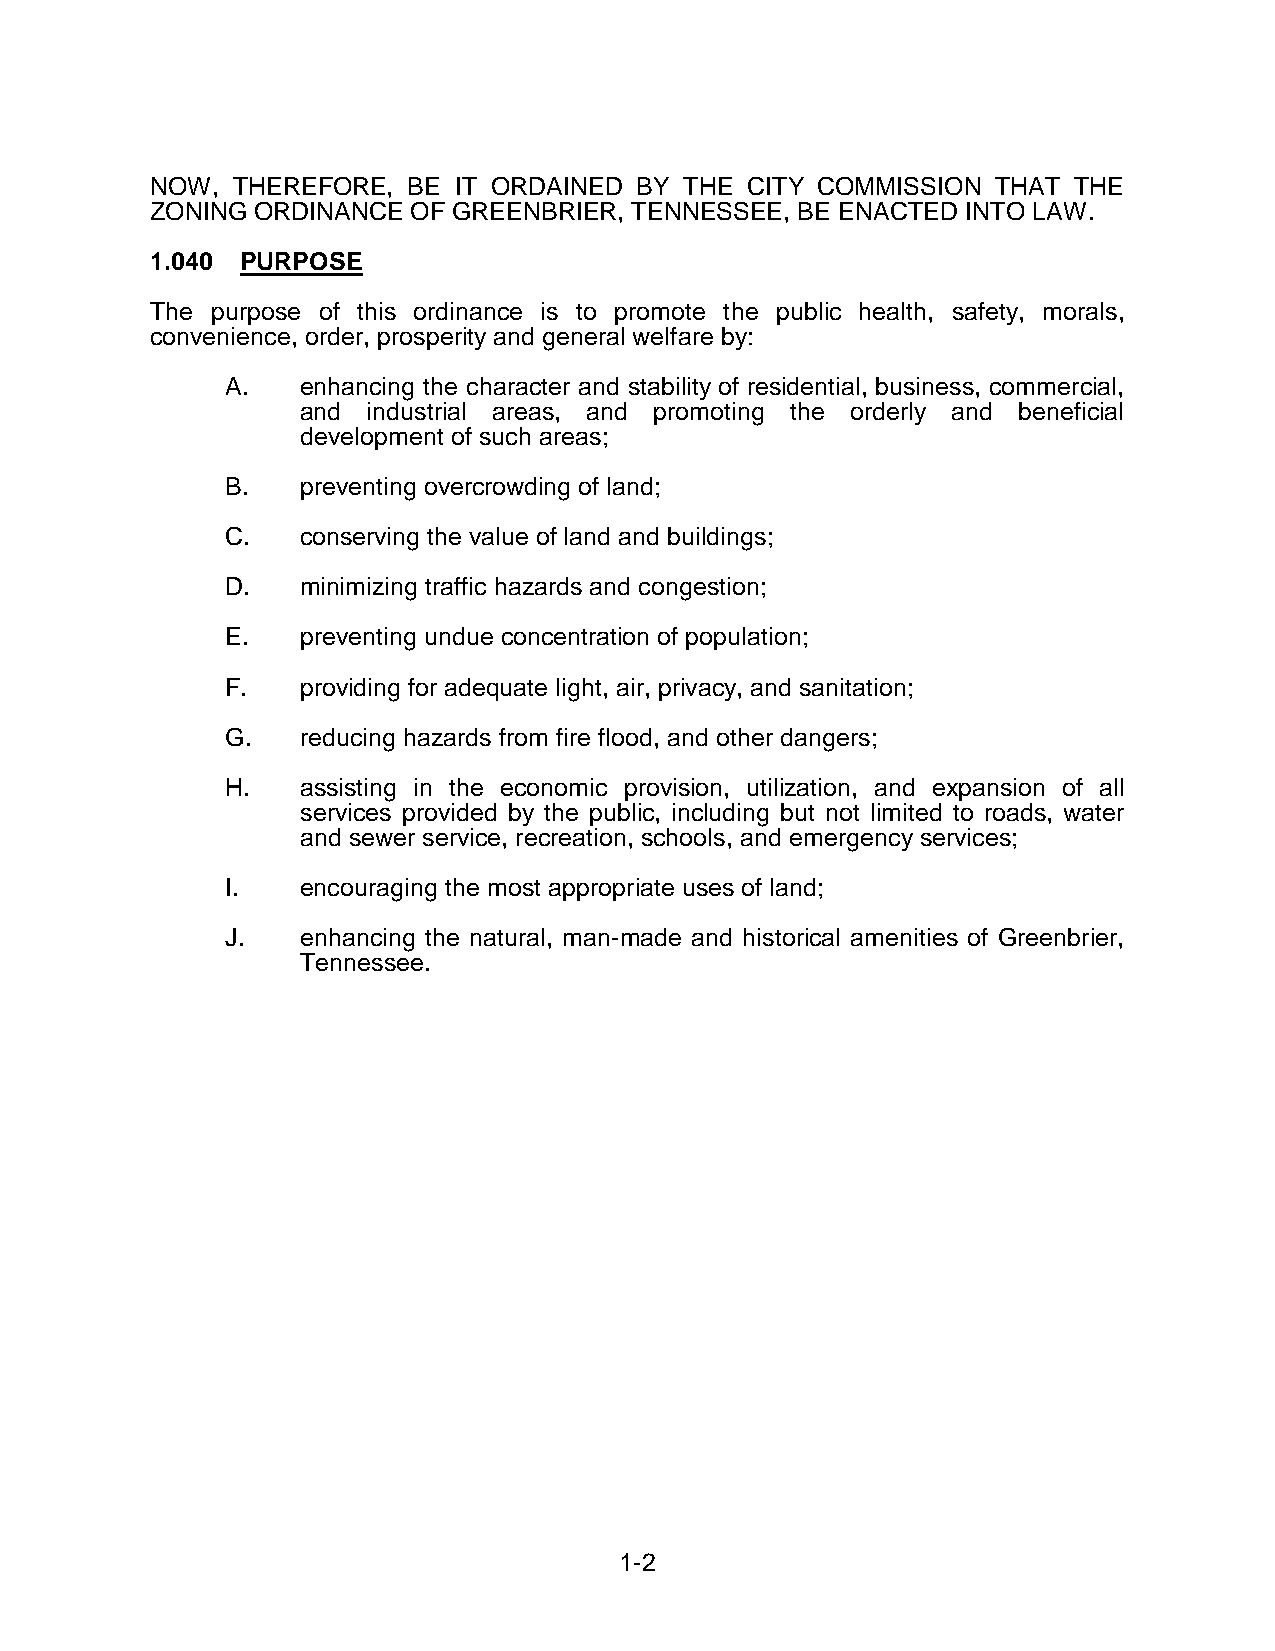
NOW, THEREFORE,  BE IT ORDAINED BY THE CITY COMMISSION  THAT THE
 ZONING ORDINANCE OF GREENBRIER, TENNESSEE, BE ENACTED INTO LAW.
 1.040 PURPOSE
 The purpose of this ordinance is to promote the public health, safety, morals,
 convenience, order, prosperity and general welfare by:
 A.   enhancing the character and stability of residential, business, commercial,
 and industrial areas, and promoting the orderly and beneficial
 development of such areas;
 B.   preventing overcrowding of land;
 C.   conserving the value of land and buildings;
 D.   minimizing traffic hazards and congestion;
 E.   preventing undue concentration of population;
 F.   providing for adequate light, air, privacy, and sanitation;
 G.   reducing hazards from fire flood, and other dangers;
 H.   assisting in the economic provision, utilization, and expansion of all
 services provided by the public, including but not limited to roads, water
 and sewer service, recreation, schools, and emergency services;
 I.   encouraging the most appropriate uses of land;
 J.   enhancing the natural, man-made and historical amenities of Greenbrier,
 Tennessee.
 1-2